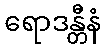
ရောဒန္တီနံ